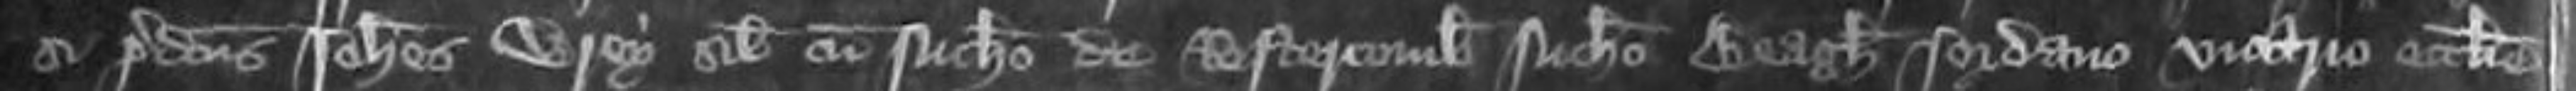
si predictus Johannes Wrey simul cum Nicholao de Restercomb Nicholao Beagh Jordano vicario eccelsie